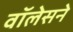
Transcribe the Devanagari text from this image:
वॉलेसने